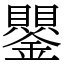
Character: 鑍